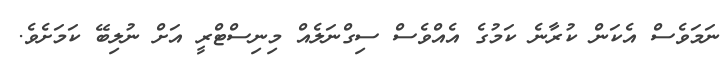
ނަމަވެސް އެކަން ކުރާނެ ކަމުގެ އެއްވެސް ސިގްނަލެއް މިނިސްޓްރީ އަށް ނުލިބޭ ކަމަށެވެ.